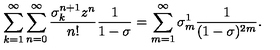
\sum _ { k = 1 } ^ { \infty } \sum _ { n = 0 } ^ { \infty } \frac { \sigma _ { k } ^ { n + 1 } z ^ { n } } { n ! } \frac { 1 } { 1 - \sigma } = \sum _ { m = 1 } ^ { \infty } \sigma _ { m } ^ { 1 } \frac { 1 } { ( 1 - \sigma ) ^ { 2 m } } .